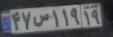
۴۷س۱۱۹۱۹